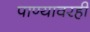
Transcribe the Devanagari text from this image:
पाण्यावरही